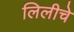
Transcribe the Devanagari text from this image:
लिलीचे